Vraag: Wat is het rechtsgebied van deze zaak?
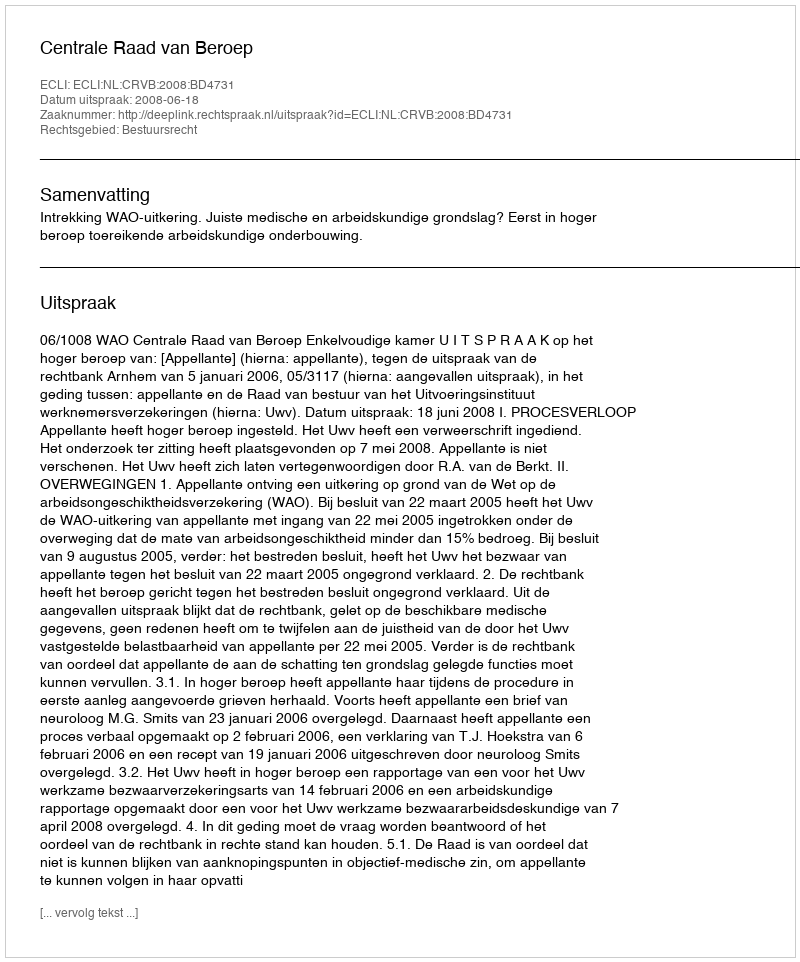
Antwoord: Bestuursrecht